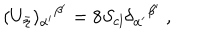
LaTeX: ( U _ { \bar { \eta } } ) _ { \alpha ^ { \prime } } { } ^ { \beta ^ { \prime } } = 8 S _ { \mathrm { c l } } \delta _ { \alpha ^ { \prime } } { } ^ { \beta ^ { \prime } } \ ,